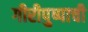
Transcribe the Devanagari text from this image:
गीरीपुष्पाची